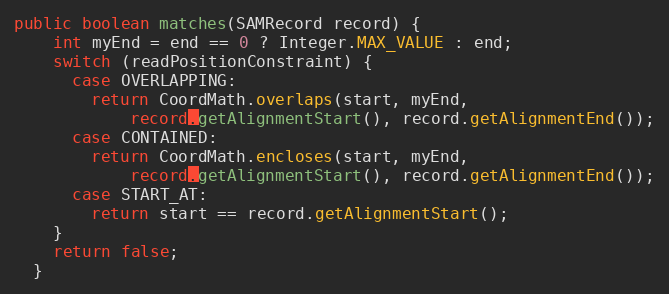
Language: Java
public boolean matches(SAMRecord record) {
    int myEnd = end == 0 ? Integer.MAX_VALUE : end;
    switch (readPositionConstraint) {
      case OVERLAPPING:
        return CoordMath.overlaps(start, myEnd,
            record.getAlignmentStart(), record.getAlignmentEnd());
      case CONTAINED:
        return CoordMath.encloses(start, myEnd,
            record.getAlignmentStart(), record.getAlignmentEnd());
      case START_AT:
        return start == record.getAlignmentStart();
    }
    return false;
  }